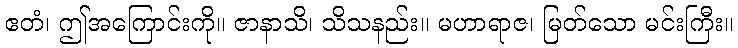
ဧတံ၊ ဤအကြောင်းကို။ ဇာနာသိ၊ သိသနည်း။ မဟာရာဇ၊ မြတ်သော မင်းကြီး။